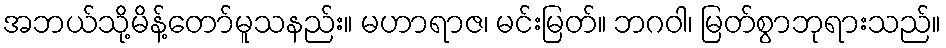
အဘယ်သို့မိန့်တော်မူသနည်း။ မဟာရာဇ၊ မင်းမြတ်။ ဘဂဝါ၊ မြတ်စွာဘုရားသည်။